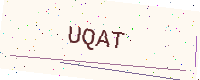
Text: UQAT